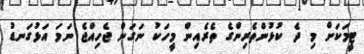
ޓީމަކަށް މި ދެ ކުޅުންތެރިންގެ ތެރެއިން މީހަކު ނަގަން ޖެހިއްޖެ ނަމަ އަޅުގަނޑު